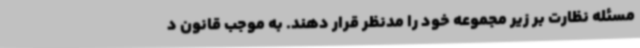
مسئله نظارت بر زیر مجموعه خود را مدنظر قرار دهند. به موجب قانون د